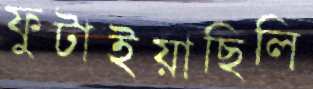
ফুটাইয়াছিলি